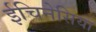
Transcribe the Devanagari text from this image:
ईचिनेसिया